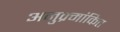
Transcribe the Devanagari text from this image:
अनुक्र्मांकित